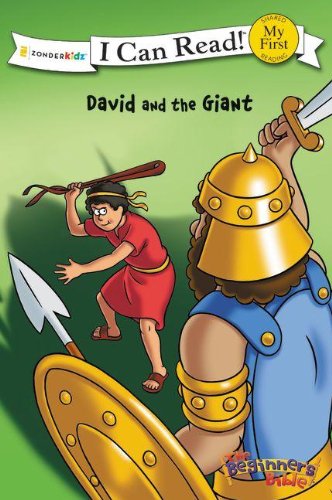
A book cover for David and the Giant (I Can Read! / The Beginner's Bible); Christian Books & Bibles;